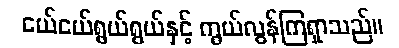
ငယ်ငယ်ရွယ်ရွယ်နှင့် ကွယ်လွန်ကြရှာသည်။